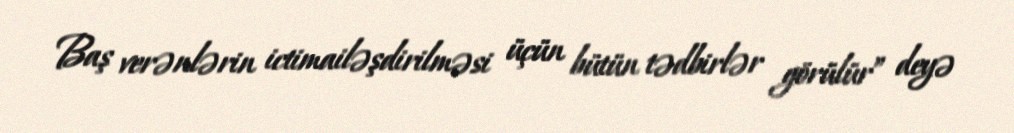
Baş verənlərin ictimailəşdirilməsi üçün bütün tədbirlər görülür” deyə